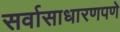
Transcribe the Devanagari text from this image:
सर्वासाधारणपणे